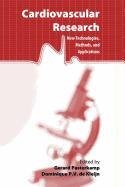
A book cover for Wood Variation: Its Causes and Control (Springer Series in Wood Science); Bruce J. Zobel; Science & Math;